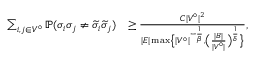
\begin{array} { r l } { \sum _ { i , j \in V ^ { \circ } } \mathbb { P } ( \sigma _ { i } \sigma _ { j } \ne \widetilde { \sigma } _ { i } \widetilde { \sigma } _ { j } ) } & { \ge \frac { C | V ^ { \circ } | ^ { 2 } } { | E | \operatorname* { m a x } \bigl \{ | V ^ { \circ } | ^ { - \frac { 1 } { \beta } } , \bigl ( \frac { | B | } { | V ^ { \circ } | } \bigr ) ^ { \frac { 1 } { \delta } } \bigr \} } , } \end{array}